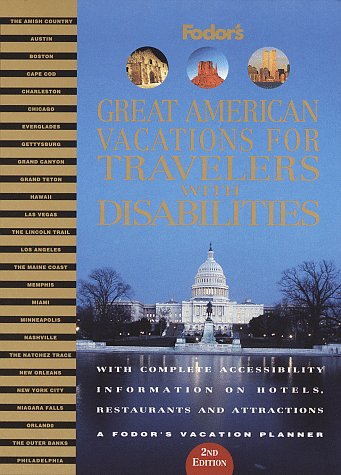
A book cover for Great American Vacations for Travelers with Disabilities: With Complete Accessibility Information on Hotels, Restaurants and Attractions (Fodor's ... Vacations for Travelers With Disabilities); Fodor's; Travel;